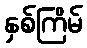
နှစ်ကြိမ်